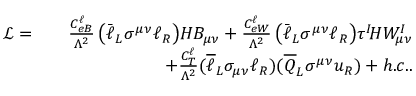
\begin{array} { r l r } { \mathcal { L } = } & { } & { \frac { C _ { e B } ^ { \ell } } { \Lambda ^ { 2 } } \left( \bar { \ell } _ { L } \sigma ^ { \mu \nu } \ell _ { R } \right) \! H B _ { \mu \nu } + \frac { C _ { e W } ^ { \ell } } { \Lambda ^ { 2 } } \left( \bar { \ell } _ { L } \sigma ^ { \mu \nu } \ell _ { R } \right) \! \tau ^ { I } \! H W _ { \mu \nu } ^ { I } } \\ & { } & { + \frac { C _ { T } ^ { \ell } } { \Lambda ^ { 2 } } ( \overline { { \ell } } _ { L } \sigma _ { \mu \nu } \ell _ { R } ) ( \overline { { Q } } _ { L } \sigma ^ { \mu \nu } u _ { R } ) + h . c . . } \end{array}